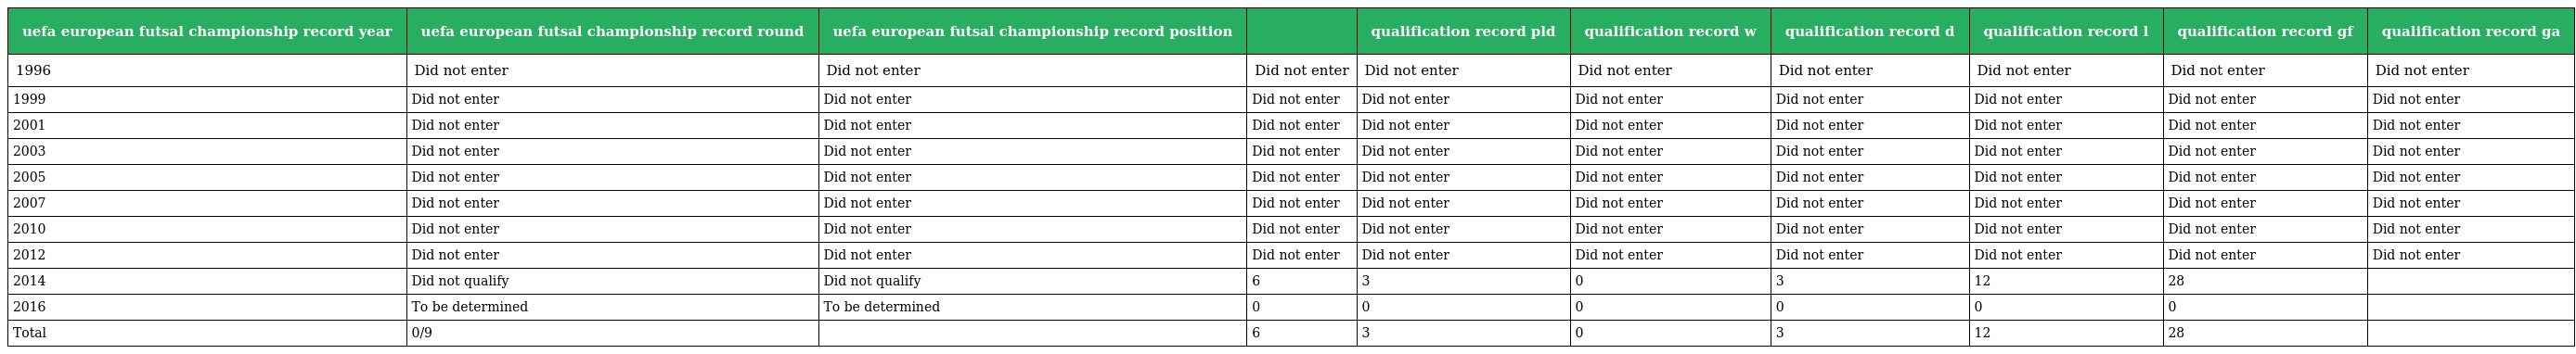
| uefa european futsal championship record year | uefa european futsal championship record round | uefa european futsal championship record position |  | qualification record pld | qualification record w | qualification record d | qualification record l | qualification record gf | qualification record ga |
 | --- | --- | --- | --- | --- | --- | --- | --- | --- | --- |
 | 1996 | Did not enter | Did not enter | Did not enter | Did not enter | Did not enter | Did not enter | Did not enter | Did not enter | Did not enter |
 | 1999 | Did not enter | Did not enter | Did not enter | Did not enter | Did not enter | Did not enter | Did not enter | Did not enter | Did not enter |
 | 2001 | Did not enter | Did not enter | Did not enter | Did not enter | Did not enter | Did not enter | Did not enter | Did not enter | Did not enter |
 | 2003 | Did not enter | Did not enter | Did not enter | Did not enter | Did not enter | Did not enter | Did not enter | Did not enter | Did not enter |
 | 2005 | Did not enter | Did not enter | Did not enter | Did not enter | Did not enter | Did not enter | Did not enter | Did not enter | Did not enter |
 | 2007 | Did not enter | Did not enter | Did not enter | Did not enter | Did not enter | Did not enter | Did not enter | Did not enter | Did not enter |
 | 2010 | Did not enter | Did not enter | Did not enter | Did not enter | Did not enter | Did not enter | Did not enter | Did not enter | Did not enter |
 | 2012 | Did not enter | Did not enter | Did not enter | Did not enter | Did not enter | Did not enter | Did not enter | Did not enter | Did not enter |
 | 2014 | Did not qualify | Did not qualify | 6 | 3 | 0 | 3 | 12 | 28 |  |
 | 2016 | To be determined | To be determined | 0 | 0 | 0 | 0 | 0 | 0 |  |
 | Total | 0/9 |  | 6 | 3 | 0 | 3 | 12 | 28 |  |